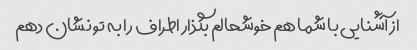
از آشنایی با شما هم خوشحالم بگذار اطراف را به تو نشان دهم